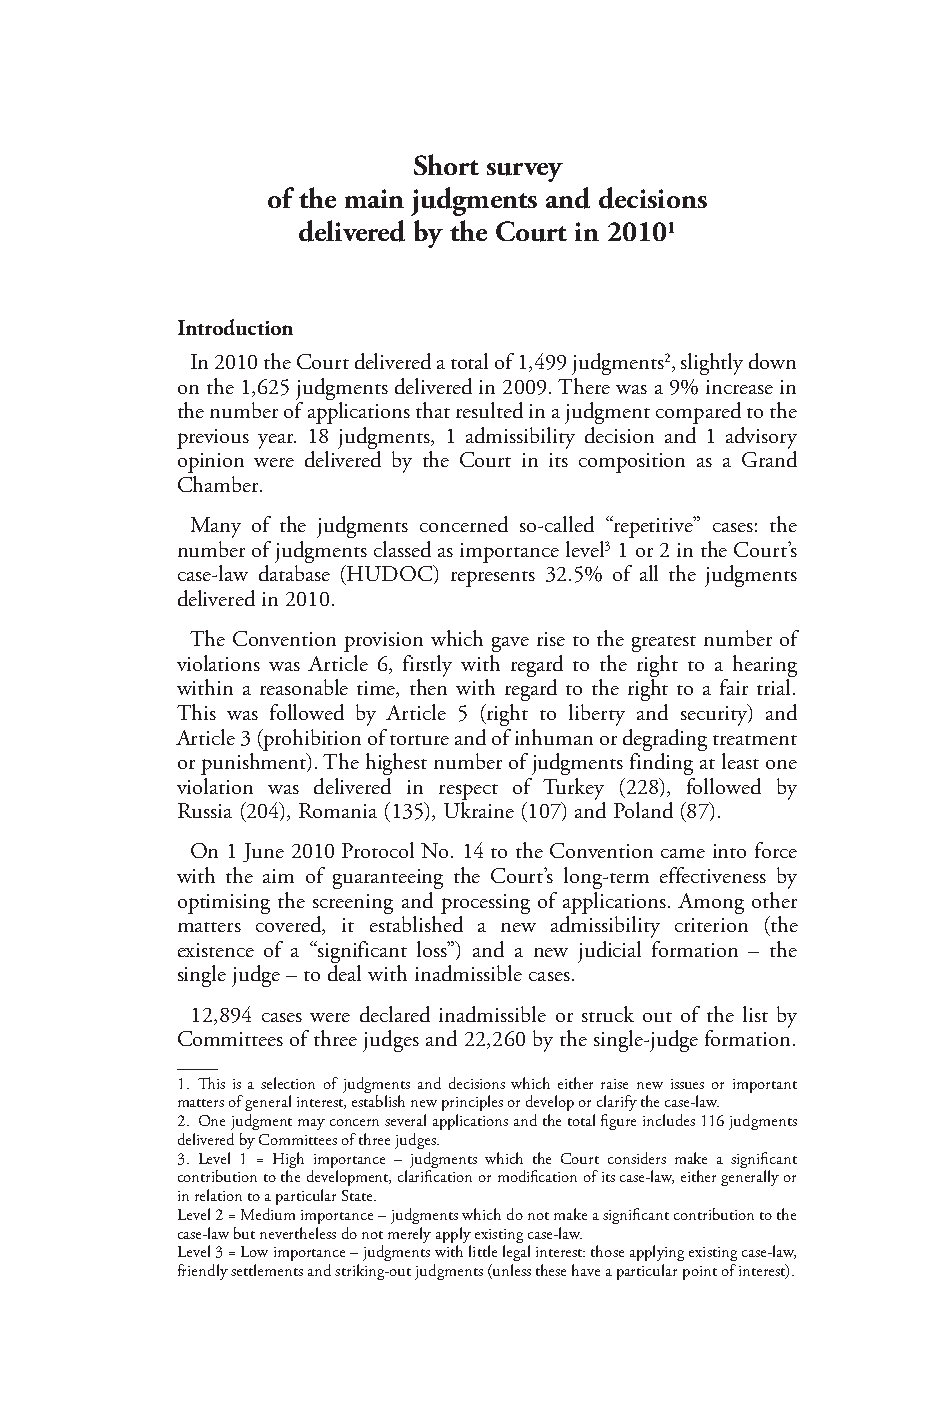
Short survey
 of the main judgments and decisions
 delivered by the Court in 20101
 Introduction
 In 2010 the Court delivered a total of 1,499 judgments2, slightly down
 on the 1,625 judgments delivered in 2009. There was a 9% increase in
 the number of applications that resulted in a judgment compared to the
 previous year. 18 judgments, 1 admissibility decision and 1 advisory
 opinion were delivered by the Court in its composition as a Grand
 Chamber.
 Many of the judgments concerned so-called “repetitive” cases: the
 number of judgments classed as importance level3 1 or 2 in the Court’s
 case-law database (HUDOC) represents 32.5% of all the judgments
 delivered in 2010.
 The Convention provision which gave rise to the greatest number of
 violations was Article 6, firstly with regard to the right to a hearing
 within a reasonable time, then with regard to the right to a fair trial.
 This was followed by Article 5 (right to liberty and security) and
 Article 3 (prohibition of torture and of inhuman or degrading treatment
 or punishment). The highest number of judgments finding at least one
 violation was delivered in respect of Turkey (228), followed by
 Russia (204), Romania (135), Ukraine (107) and Poland (87).
 On 1 June 2010 Protocol No. 14 to the Convention came into force
 with the aim of guaranteeing the Court’s long-term effectiveness by
 optimising the screening and processing of applications. Among other
 matters covered, it established a new admissibility criterion (the
 existence of a “significant loss”) and a new judicial formation – the
 single judge – to deal with inadmissible cases.
 12,894 cases were declared inadmissible or struck out of the list by
 Committees of three judges and 22,260 by the single-judge formation.
 1. This is a selection of judgments and decisions which either raise new issues or important
 matters of general interest, establish new principles or develop or clarify the case-law.
 2. One judgment may concern several applications and the total figure includes 116 judgments
 delivered by Committees of three judges.
 3. Level 1 = High importance – judgments which the Court considers make a significant
 contribution to the development, clarification or modification of its case-law, either generally or
 in relation to a particular State.
 Level 2 = Medium importance – judgments which do not make a significant contribution to the
 case-law but nevertheless do not merely apply existing case-law.
 Level 3 = Low importance – judgments with little legal interest: those applying existing case-law,
 friendly settlements and striking-out judgments (unless these have a particular point of interest).